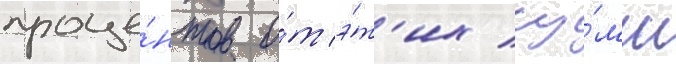
проце́нтов о́т э́т'их су́мм